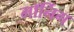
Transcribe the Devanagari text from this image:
मॉर्निग